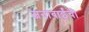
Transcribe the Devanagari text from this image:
जनाबाईंची